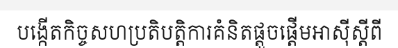
បង្កើតកិច្ចសហប្រតិបត្តិការគំនិតផ្តួចផ្តើមអាស៊ីស្តីពី